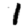
Digit: 1